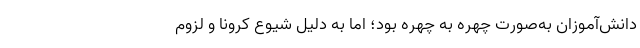
دانش‌آموزان به‌صورت چهره به چهره بود؛ اما به دلیل شیوع کرونا و لزوم